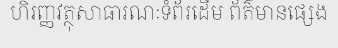
ហិរញ្ញវត្ថុសាធារណៈទំព័រដើម ព័ត៌មានផ្សេង